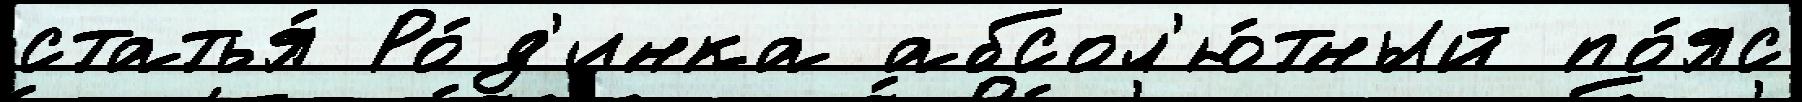
статья́ Ро́д'инка абсол'ю́тный по́яс